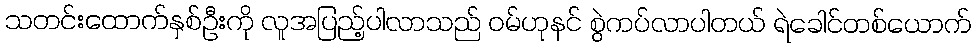
သတင်းထောက်နှစ်ဦးကို လူအပြည့်ပါလာသည် ဝမ်ဟုနင် စွဲကပ်လာပါတယ် ရဲခေါင်တစ်ယောက်